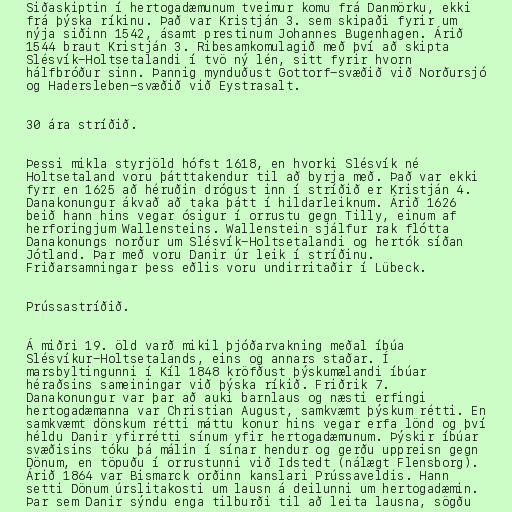
Siðaskiptin í hertogadæmunum tveimur komu frá Danmörku, ekki
frá þýska ríkinu. Það var Kristján 3. sem skipaði fyrir um
nýja siðinn 1542, ásamt prestinum Johannes Bugenhagen. Árið
1544 braut Kristján 3. Ribesamkomulagið með því að skipta
Slésvík-Holtsetalandi í tvö ný lén, sitt fyrir hvorn
hálfbróður sinn. Þannig mynduðust Gottorf-svæðið við Norðursjó
og Hadersleben-svæðið við Eystrasalt.

30 ára stríðið.

Þessi mikla styrjöld hófst 1618, en hvorki Slésvík né
Holtsetaland voru þátttakendur til að byrja með. Það var ekki
fyrr en 1625 að héruðin drógust inn í stríðið er Kristján 4.
Danakonungur ákvað að taka þátt í hildarleiknum. Árið 1626
beið hann hins vegar ósigur í orrustu gegn Tilly, einum af
herforingjum Wallensteins. Wallenstein sjálfur rak flótta
Danakonungs norður um Slésvík-Holtsetalandi og hertók síðan
Jótland. Þar með voru Danir úr leik í stríðinu.
Friðarsamningar þess eðlis voru undirritaðir í Lübeck.

Prússastríðið.

Á miðri 19. öld varð mikil þjóðarvakning meðal íbúa
Slésvíkur-Holtsetalands, eins og annars staðar. Í
marsbyltingunni í Kíl 1848 kröfðust þýskumælandi íbúar
héraðsins sameiningar við þýska ríkið. Friðrik 7.
Danakonungur var þar að auki barnlaus og næsti erfingi
hertogadæmanna var Christian August, samkvæmt þýskum rétti. En
samkvæmt dönskum rétti máttu konur hins vegar erfa lönd og því
héldu Danir yfirrétti sínum yfir hertogadæmunum. Þýskir íbúar
svæðisins tóku þá málin í sínar hendur og gerðu uppreisn gegn
Dönum, en töpuðu í orrustunni við Idstedt (nálægt Flensborg).
Árið 1864 var Bismarck orðinn kanslari Prússaveldis. Hann
setti Dönum úrslitakosti um lausn á deilunni um hertogadæmin.
Þar sem Danir sýndu enga tilburði til að leita lausna, sögðu